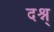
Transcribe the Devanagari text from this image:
दश्न्